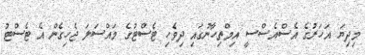
މިދިޔަ އަހަރުގެ އެސްއެސްސީ އިމްތިހާނުގައި ދިވެހި ޓެސްޓުގެ މައްސަލަ ޖެހިގެން އެ ޓެސްޓު